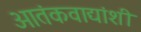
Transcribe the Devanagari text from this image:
आतंकवाद्यांशी